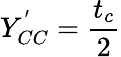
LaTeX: Y_{CC}^{'}=\frac{t_{c}}{2}